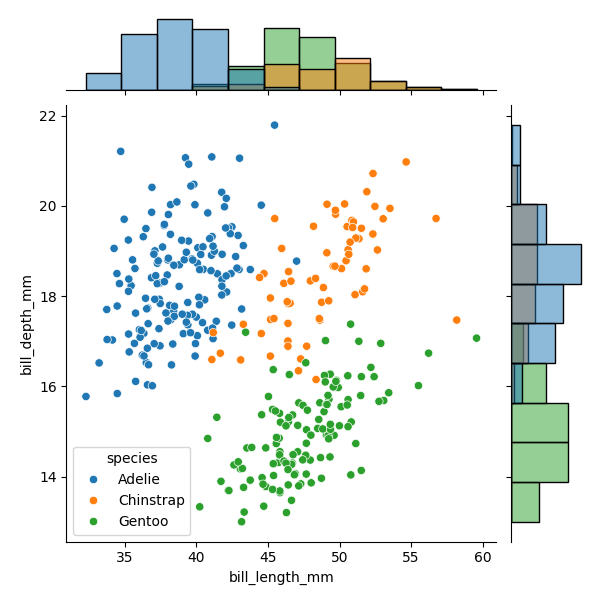
python, seaborn, JointGrid, scatterplot, histplot, hue